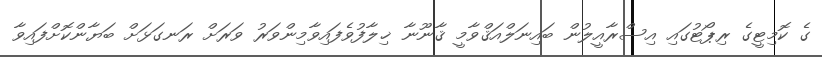
ގެ ކޮމިޓީގެ ރިޕޯޓުގައި އިސްރާއީލުން ބައިނަލްއަޤްވާމީ ޤާނޫނާ ޚިލާފުވެފައިވާމިންވަރު ވަރަށް ރަނގަޅަށް ބަޔާންކޮށްފައިވާ